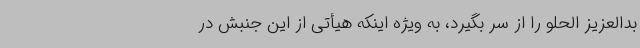
بدالعزیز الحلو را از سر بگیرد، به ویژه اینکه هیأتی از این جنبش در